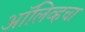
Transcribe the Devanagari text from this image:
ऑलिव्हचा